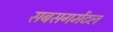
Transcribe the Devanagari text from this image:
सबसगमेंटल